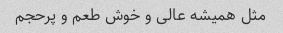
مثل همیشه عالی و خوش طعم و پرحجم